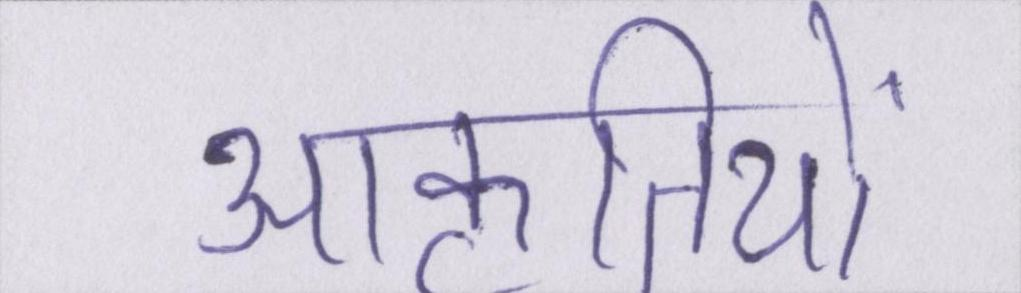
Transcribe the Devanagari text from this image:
आकृतियों